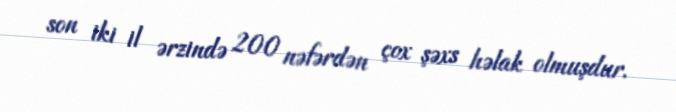
son iki il ərzində 200 nəfərdən çox şəxs həlak olmuşdur.